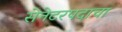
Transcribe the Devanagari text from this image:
सेनेटरपदाचा